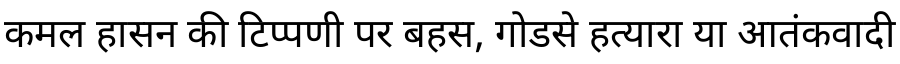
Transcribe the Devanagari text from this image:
कमल हासन की टिप्पणी पर बहस, गोडसे हत्यारा या आतंकवादी